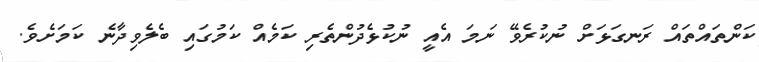
ކަންތައްތައް ރަނގަޅަށް ނުކުރެވޭ ނަމަ އެއީ ނުކުޅެދުންތެރި ކަމެއް ކަމުގައި ބެލެވިދާނެ ކަމަށެވެ.